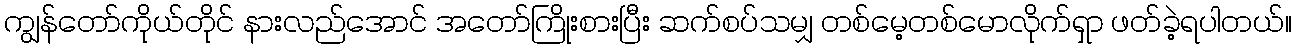
ကျွန်တော်ကိုယ်တိုင် နားလည်အောင် အတော်ကြိုးစားပြီး ဆက်စပ်သမျှ တစ်မေ့တစ်မောလိုက်ရှာ ဖတ်ခဲ့ရပါတယ်။